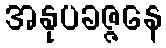
အနုပခဇ္ဇနေ